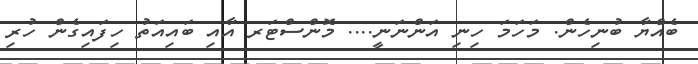
ބެއްޔާ ބުނިހެން. މަހަމަ ހިނި އަންނަނީ.... މޮންސްޓަރ އާއި ބައިއަތު ހިފައިގެން ހުރި